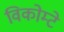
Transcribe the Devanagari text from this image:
विकोम्‍टे